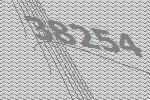
38254